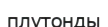
плутонды